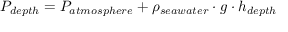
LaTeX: P _ { d e p t h } = P _ { a t m o s p h e r e } + \rho _ { s e a w a t e r } \cdot g \cdot h _ { d e p t h }